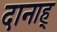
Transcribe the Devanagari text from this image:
दानाह्